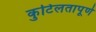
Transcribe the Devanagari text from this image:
कुटिलतापूर्ण